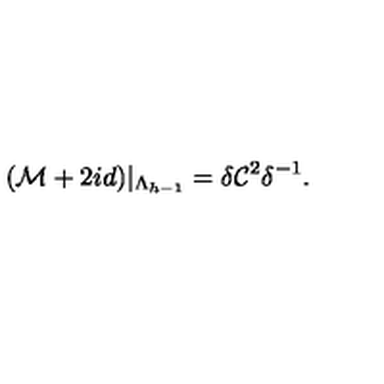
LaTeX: ( { \cal M } + 2 i d ) | _ { \Lambda _ { h - 1 } } = \delta { \cal C } ^ { 2 } \delta ^ { - 1 } .